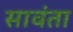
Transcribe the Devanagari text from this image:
सावंता